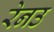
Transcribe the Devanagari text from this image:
रेनउ